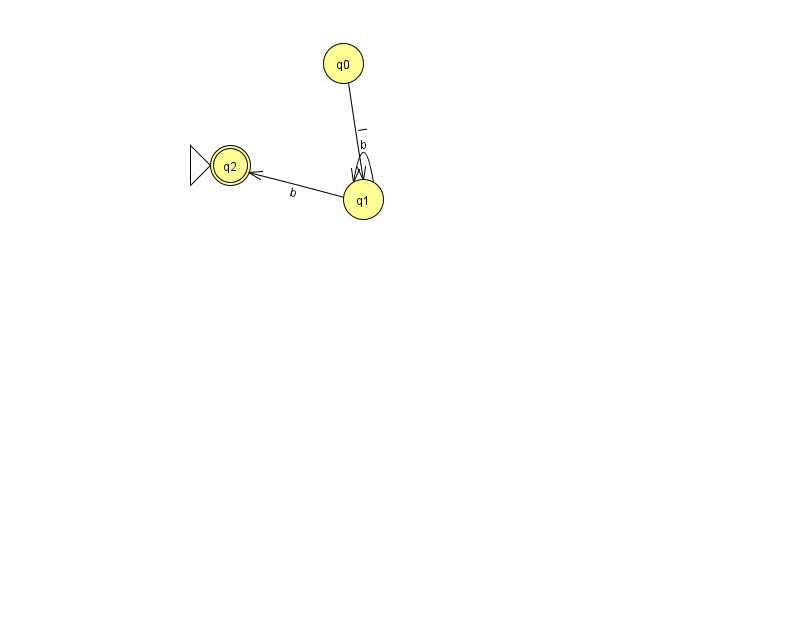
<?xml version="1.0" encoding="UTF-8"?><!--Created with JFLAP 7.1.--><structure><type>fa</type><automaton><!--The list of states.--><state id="0" name="q0"><x>343.0</x><y>50.0</y></state><state id="1" name="q1"><x>363.0</x><y>186.0</y></state><state id="2" name="q2"><x>230.0</x><y>152.0</y><initial/><final/></state><!--The list of transitions.--><transition><from>1</from><to>1</to><read>b</read></transition><transition><from>0</from><to>1</to><read>I</read></transition><transition><from>1</from><to>2</to><read>b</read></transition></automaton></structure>